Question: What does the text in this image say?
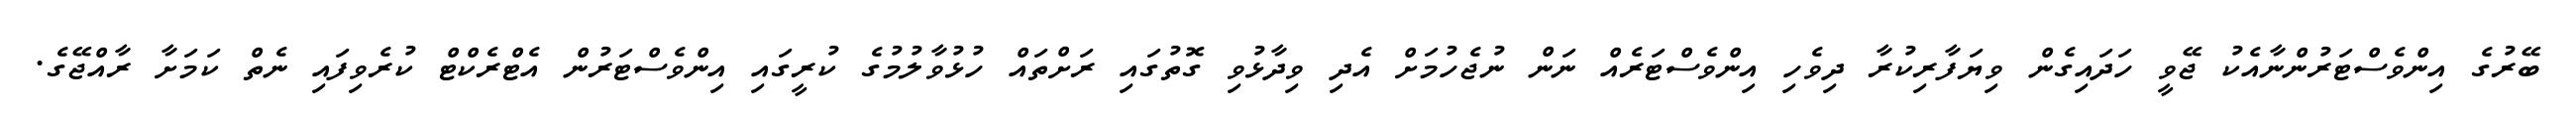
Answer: ބޭރުގެ އިންވެސްޓަރުންނާއެކު ޖޭވީ ހަދައިގެން ވިޔަފާރިކުރާ ދިވެހި އިންވެސްޓަރެއް ނަން ނުޖެހުމަށް އެދި ވިދާޅުވި ގޮތުގައި ރަށްތައް ހުޅުވާލުމުގެ ކުރީގައި އިންވެސްޓަރުން އެޓްރެކްޓް ކުރެވިފައި ނެތް ކަމަށާ ރާއްޖޭގެ.